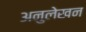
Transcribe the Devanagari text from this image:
अनुलेखन